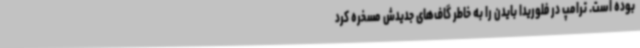
بوده است. ترامپ در فلوریدا بایدن را به خاطر گاف‌های جدیدش مسخره کرد